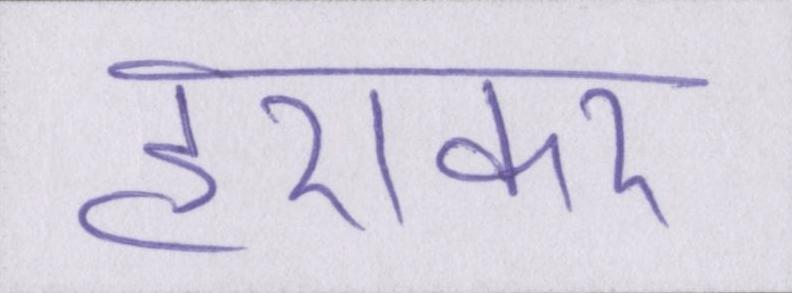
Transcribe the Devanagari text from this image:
हराकर